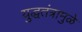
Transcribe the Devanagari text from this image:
युद्धतंत्रामुळे